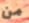
من